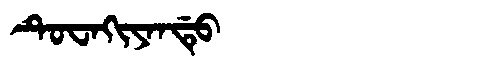
Manchu: ᡨᡠᠸᠠᡴᡳᠶᠠᠨᡩᡠ
Romanization: TUWAKIYANDU